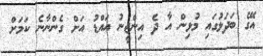
އޭގެ ބަދަލުގައި މުޅިން އާ ދެ އިންޖީނު އައްޑު އަށް ގެންނާނެ ކަމަށް